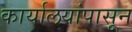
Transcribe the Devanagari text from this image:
कार्यालयांपासून